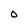
Character: O